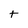
Character: t